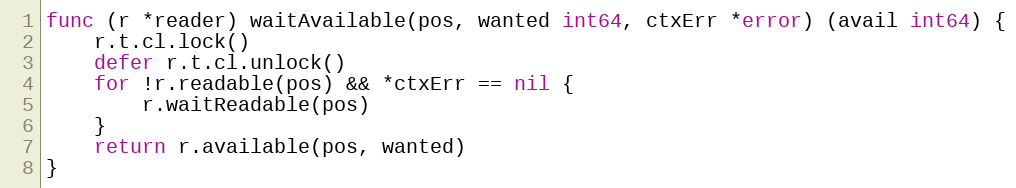
Language: Go
func (r *reader) waitAvailable(pos, wanted int64, ctxErr *error) (avail int64) {
	r.t.cl.lock()
	defer r.t.cl.unlock()
	for !r.readable(pos) && *ctxErr == nil {
		r.waitReadable(pos)
	}
	return r.available(pos, wanted)
}